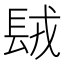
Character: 𨱿